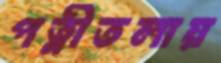
পত্নীতলায়